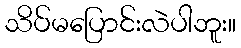
သိပ်မပြောင်းလဲပါဘူး။